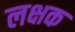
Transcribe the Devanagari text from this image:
लक्षक